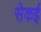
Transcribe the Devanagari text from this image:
सेकई